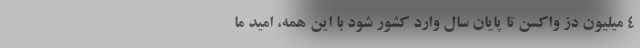
۴ میلیون دُز واکسن تا پایان سال وارد کشور شود با این همه، امید ما